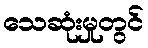
သေဆုံးမှုတွင်